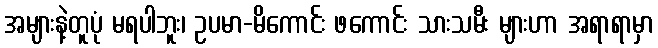
အများနဲ့တူပုံ မရပါဘူး၊ ဥပမာ-မိကောင်း ဖကောင်း သားသမီး များဟာ အရာရာမှာ